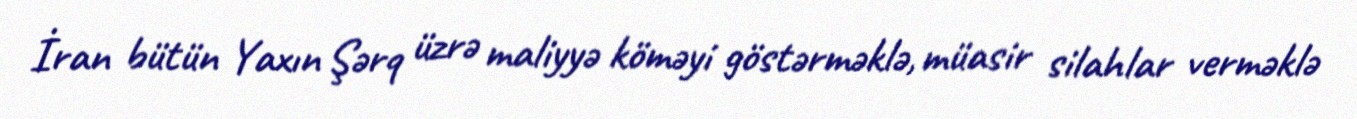
İran bütün Yaxın Şərq üzrə maliyyə köməyi göstərməklə, müasir silahlar verməklə